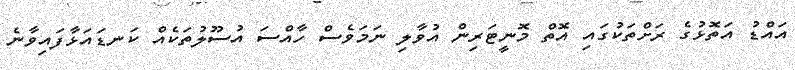
އައްޑު އަތޮޅުގެ ރަށްތަކުގައި އޮތް މޮނީޓަރިން އުވާލި ނަމަވެސް ހާއްސަ އުސޫލުތަކެއް ކަނޑައަޅާފައިވާނެ